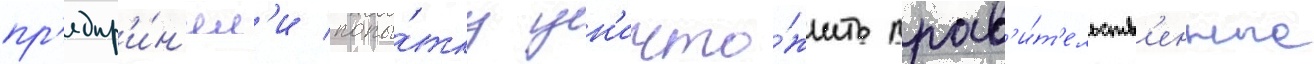
пр'едпр'и́н'ял'и попы́тку ун'ичто́жить прав'и́т'ельств'енные